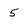
Character: 5